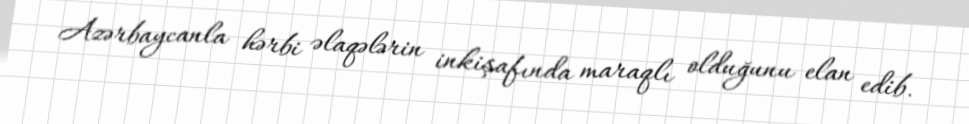
Azərbaycanla hərbi əlaqələrin inkişafında maraqlı olduğunu elan edib.